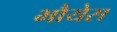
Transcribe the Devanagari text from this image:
भौयेस